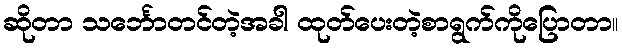
ဆိုတာ သင်္ဘောတင်တဲ့အခါ ထုတ်ပေးတဲ့စာရွက်ကိုပြောတာ။